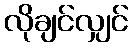
လိုချင်လျှင်